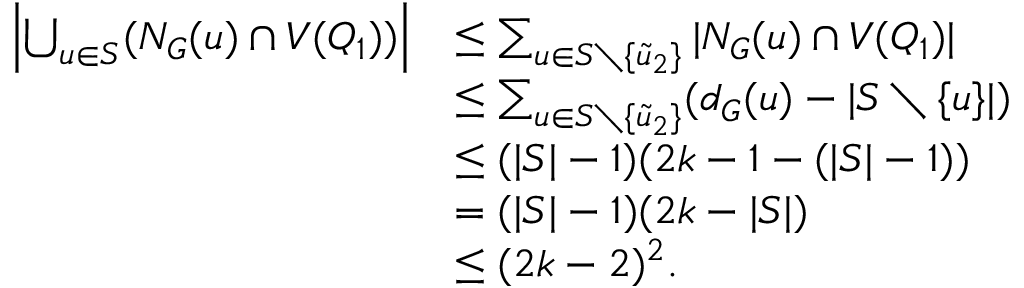
\begin{array} { r l } { \left| \bigcup _ { u \in S } ( N _ { G } ( u ) \cap V ( Q _ { 1 } ) ) \right| } & { \leq \sum _ { u \in S \setminus \{ \tilde { u } _ { 2 } \} } | N _ { G } ( u ) \cap V ( Q _ { 1 } ) | } \\ & { \leq \sum _ { u \in S \setminus \{ \tilde { u } _ { 2 } \} } ( d _ { G } ( u ) - | S \setminus \{ u \} | ) } \\ & { \leq ( | S | - 1 ) ( 2 k - 1 - ( | S | - 1 ) ) } \\ & { = ( | S | - 1 ) ( 2 k - | S | ) } \\ & { \leq ( 2 k - 2 ) ^ { 2 } . } \end{array}